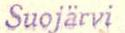
Suojärvi